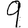
Digit: 9